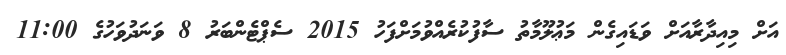
އަށް މިއިދާރާއަށް ވަޑައިގެން މަޢުލޫމާތު ސާފުކުރެއްވުމަށްފަހު 2015 ސެޕްޓެންބަރު 8 ވަނަދުވަހުގެ 11:00